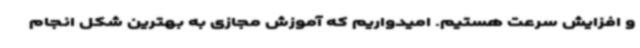
و افزایش سرعت هستیم. امیدواریم که آموزش مجازی به بهترین شکل انجام